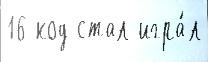
16 код стал игра́л